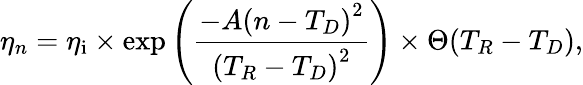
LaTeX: \eta_{n}=\eta_{\mathrm{i}}\times\exp\left(\frac{-A\left(n-T_{D}\right)^{2}}{\left(T_{R}-T_{D}\right)^{2}}\right)\times\Theta(T_{R}-T_{D}),